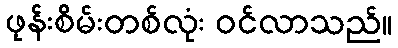
ဖုန်းစိမ်းတစ်လုံး ဝင်လာသည်။